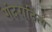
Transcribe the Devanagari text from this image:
गंदरादित्य